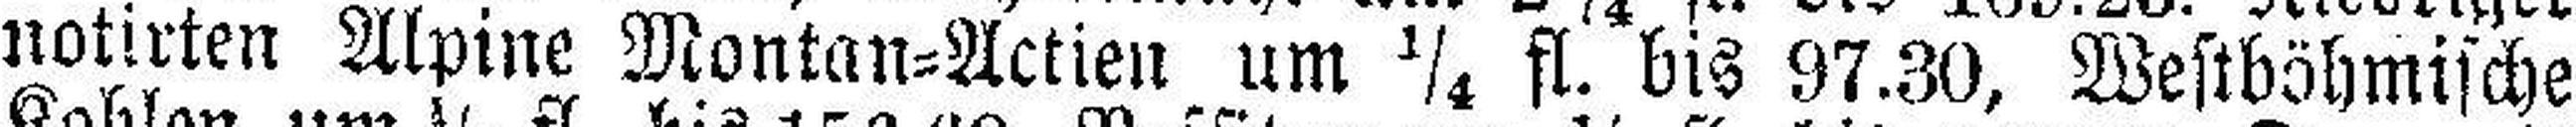
notirten Alpine Montan=Actien um ¼ fl. bis 97.30, Westböhmische